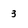
Character: 3